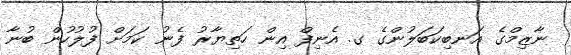
ނާޒިމްގެ އަނބިކަބަލުންގެ ގ. އެނިފް އިން ހަތިޔާރު ފެނު ކަމަށް ފުލުހުން ބުނާ